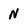
Character: N